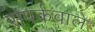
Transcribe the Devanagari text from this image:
संपर्कवाले